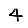
Digit: 4